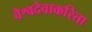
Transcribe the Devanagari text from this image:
वैश्वदेवाकरिता